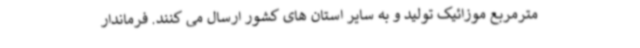
مترمربع موزائیک تولید و به سایر استان های کشور ارسال می کنند. فرماندار